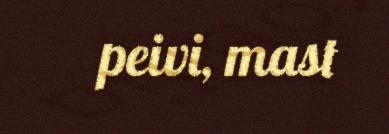
peivi, mast